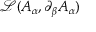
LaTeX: { \mathcal { L } } ( A _ { \alpha } , \partial _ { \beta } A _ { \alpha } )